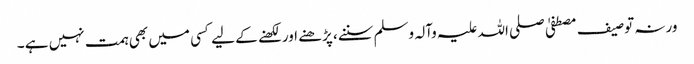
ورنہ توصیف مصطفیٰ صلی اللہ علیہ وآلہ وسلم سننے، پڑھنے اور لکھنے کے لیے کسی میں بھی ہمت نہیں ہے ۔